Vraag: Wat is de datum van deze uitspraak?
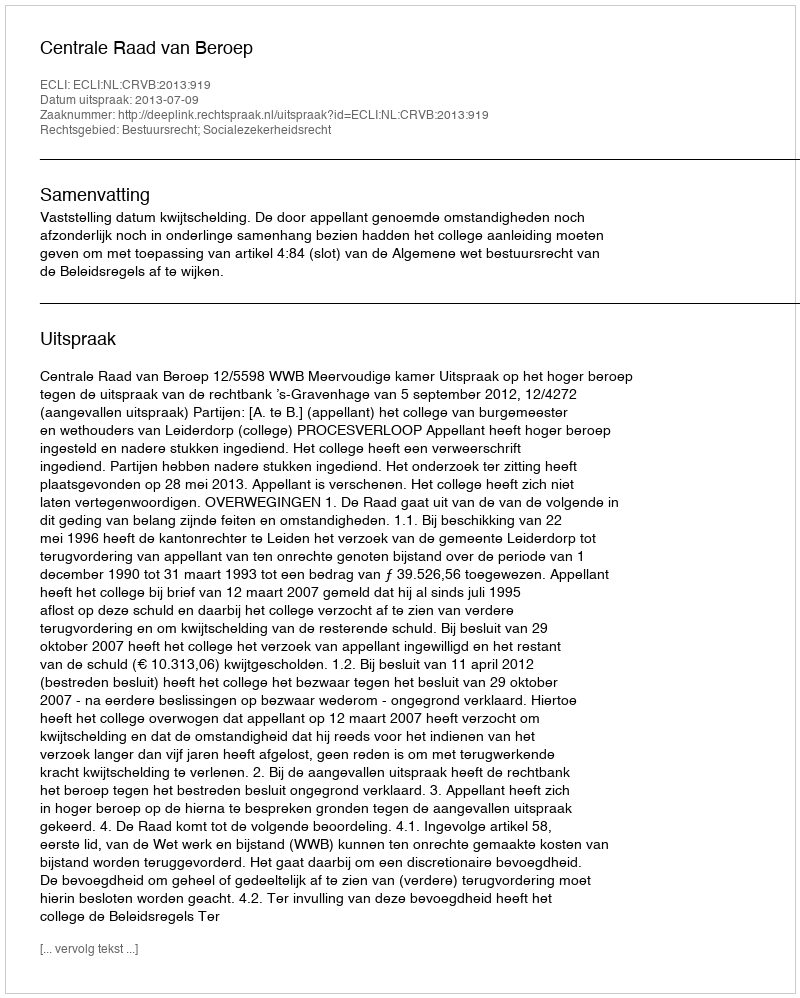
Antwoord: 2013-07-09